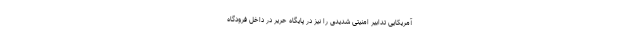
آمریکایی تدابیر امنیتی شدیدی را نیز در پایگاه حریر در داخل فرودگاه